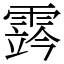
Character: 霠